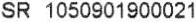
SR 1050901900021